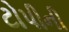
ટોપીની